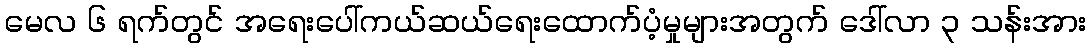
မေလ ၆ ရက်တွင် အရေးပေါ်ကယ်ဆယ်ရေးထောက်ပံ့မှုများအတွက် ဒေါ်လာ ၃ သန်းအား